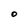
Character: O